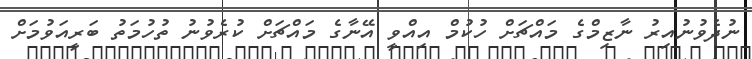
ނުދެވުނުއިރު ނާޒިމްގެ މައްޗަށް ހުކުމް އިއްވީ އޭނާގެ މައްޗަށް ކުރެވުނު ތުހުމަތު ބަރީއަވުމަށް